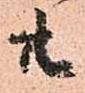
共